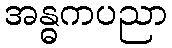
အန္ဓကပညာ